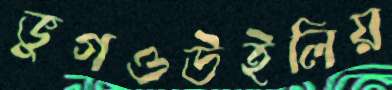
ভুগওউইলিয়